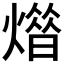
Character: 𤎳